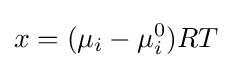
x=(\mu _{i}-\mu _{i}^{0})RT